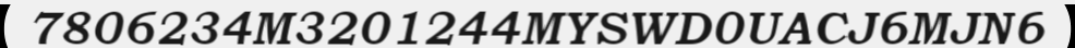
7806234M3201244MYSWD0UACJ6MJN6